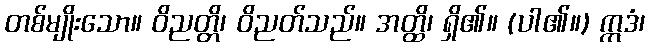
တစ်မျိုးသော။ ဝိညတ္တိ၊ ဝိညတ်သည်။ အတ္ထိ၊ ရှိ၏။ (ပါ၏။) ဣဒံ၊